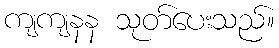
ကျကျနန သုတ်ပေးသည်။